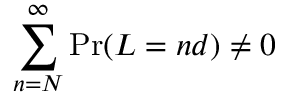
\sum _ { n = N } ^ { \infty } \operatorname* { P r } ( L = n d ) \neq 0